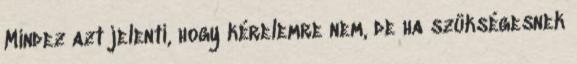
Mindez azt jelenti, hogy kérelemre nem, de ha szükségesnek